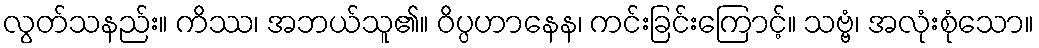
လွတ်သနည်း။ ကိဿ၊ အဘယ်သူ၏။ ဝိပ္ပဟာနေန၊ ကင်းခြင်းကြောင့်။ သဗ္ဗံ၊ အလုံးစုံသော။